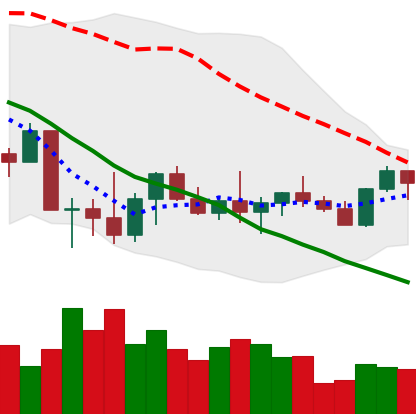
Ticker: LTC-USD
Chart end date: 2022-10-05
Forward return: -3.341%
Label: down_3_5